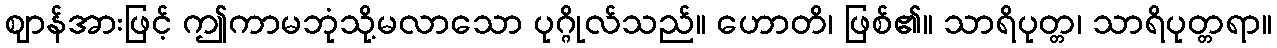
ဈာန်အားဖြင့် ဤကာမဘုံသို့မလာသော ပုဂ္ဂိုလ်သည်။ ဟောတိ၊ ဖြစ်၏။ သာရိပုတ္တ၊ သာရိပုတ္တရာ။